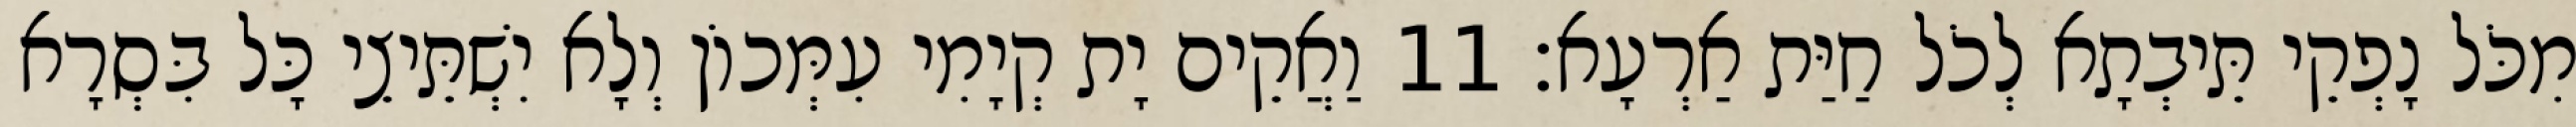
מִכֹּל נָפְקֵי תֵּיבְתָא לְכֹל חַיַּת אַרְעָא׃ 11 וַאֲקֵים יָת קְיָמִי עִמְּכוֹן וְלָא יִשְׁתֵּיצֵי כָּל בִּסְרָא